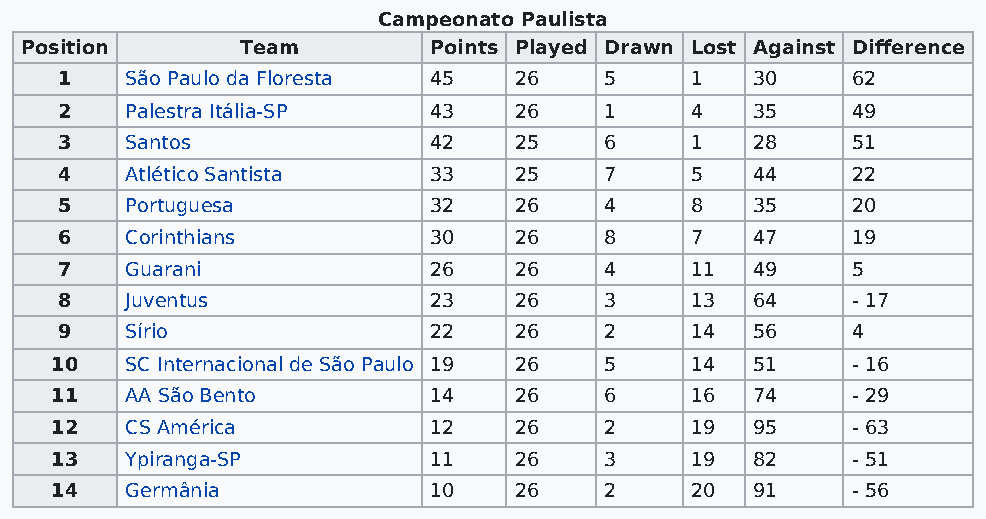
Campeonato Paulista
 Position       Team        Points Played Drawn Lost Against Difference
 1   São Paulo da Floresta 45  26    5     1   30    62
 2   Palestra Itália-SP  43    26    1     4   35    49
 3   Santos              42    25    6     1   28    51
 4   Atlético Santista   33    25    7     5   44    22
 5   Portuguesa          32    26    4     8   35    20
 6   Corinthians         30    26    8     7   47    19
 7   Guarani             26    26    4     11  49    5
 8   Juventus            23    26    3     13  64    - 17
 9   Sírio               22    26    2     14  56    4
 10   SC Internacional de São Paulo 19 26 5 14  51    - 16
 11   AA São Bento        14    26    6     16  74    - 29
 12   CS América          12    26    2     19  95    - 63
 13   Ypiranga-SP         11    26    3     19  82    - 51
 14   Germânia            10    26    2     20  91    - 56